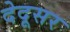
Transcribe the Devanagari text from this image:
देदूसर